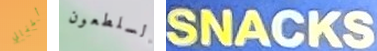
أطفالي السلطعون SNACKS